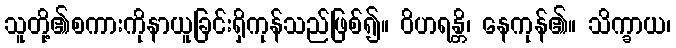
သူတို့၏စကားကိုနာယူခြင်းရှိကုန်သည်ဖြစ်၍။ ဝိဟရန္တိ၊ နေကုန်၏။ သိက္ခာယ၊